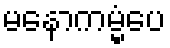
မနောကမ္မံပေ